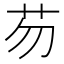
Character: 芴